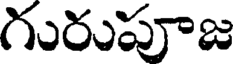
గురుపూజ